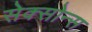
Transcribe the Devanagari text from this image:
सेक्सोन्स